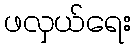
ဖလှယ်ရေး